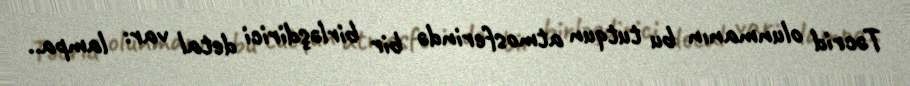
Təcrid olunmanın bu tutqun atmosferində bir birləşdirici detal var: lampa..